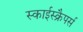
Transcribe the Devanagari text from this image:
स्काईस्क्रैपर्स